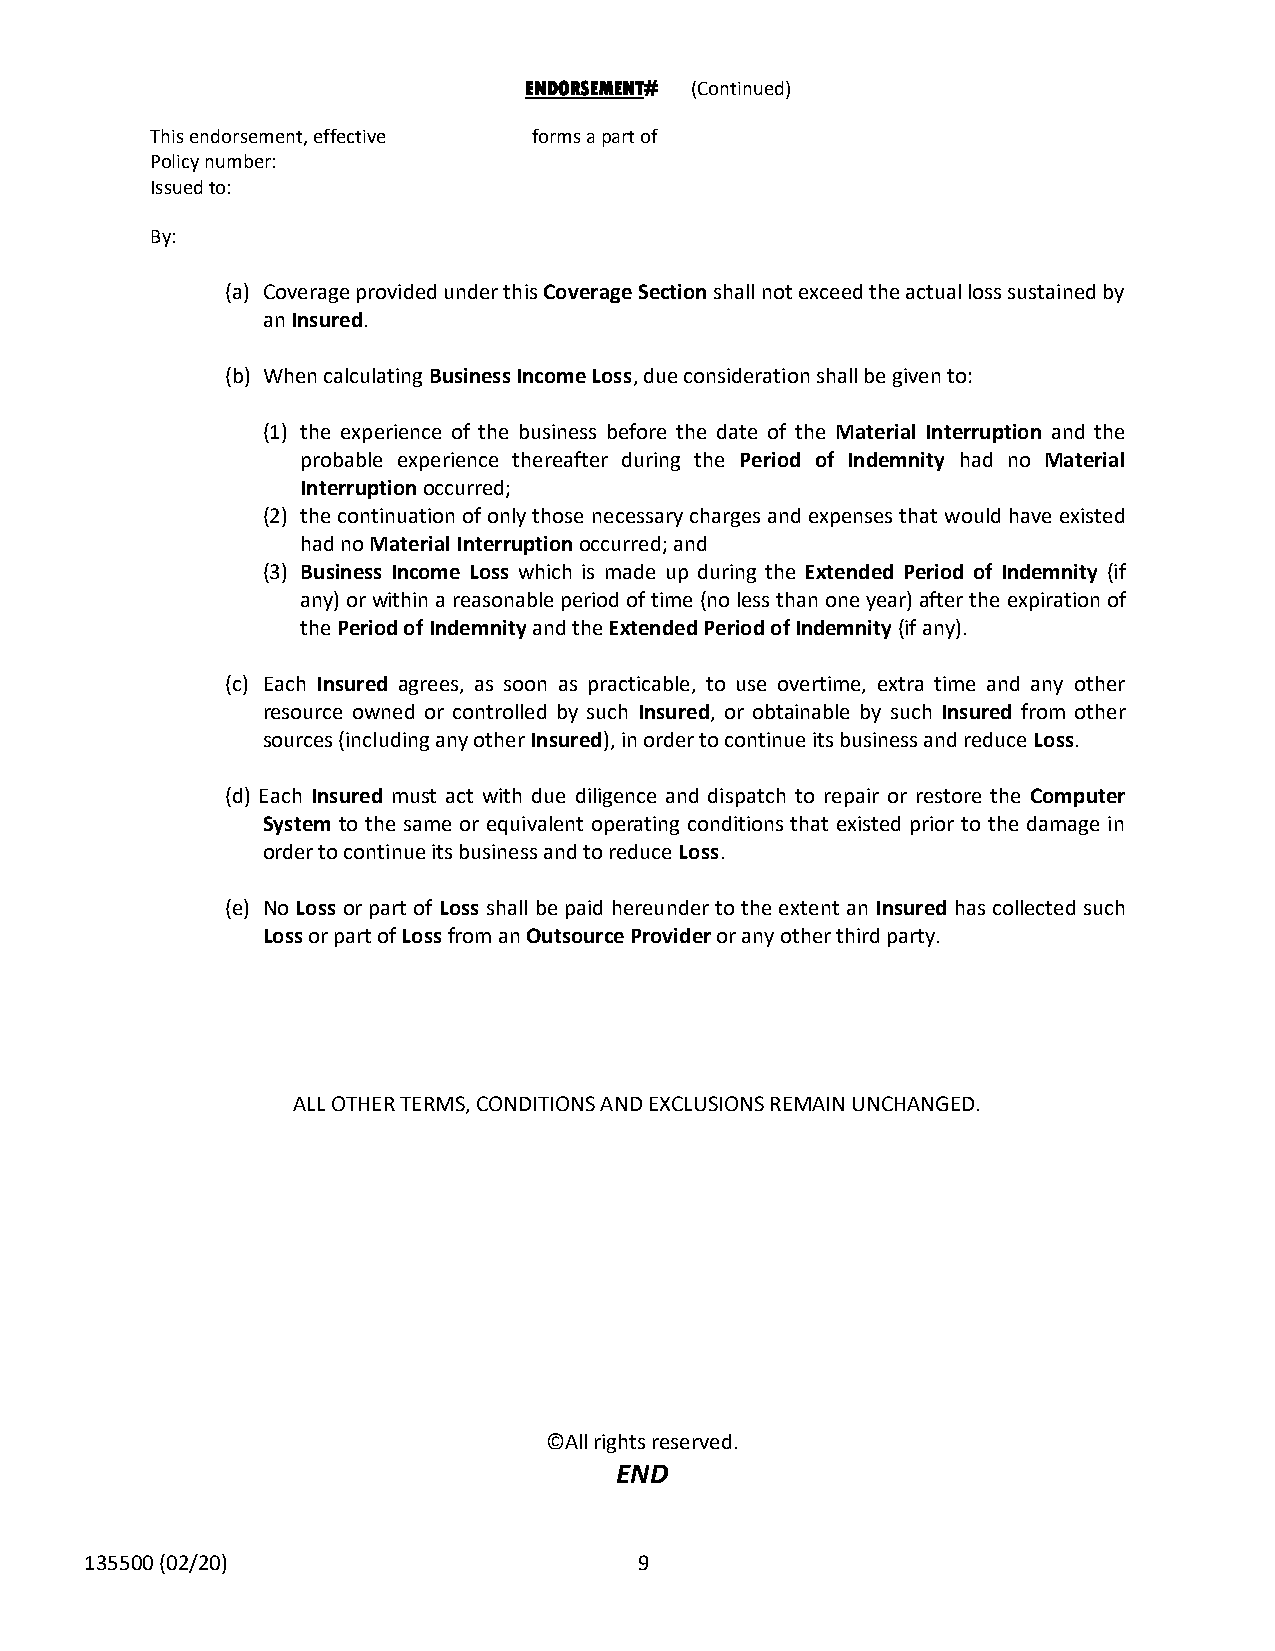
ENDORSEMENT# (Continued)
 This endorsement, effective forms a part of
 Policy number:
 Issued to:
 By:
 (a) Coverage provided under this Coverage Section shall not exceed the actual loss sustained by
 an Insured.
 (b) When calculating Business Income Loss, due consideration shall be given to:
 (1) the experience of the business before the date of the Material Interruption and the
 probable experience thereafter during the Period of Indemnity had no Material
 Interruption occurred;
 (2) the continuation of only those necessary charges and expenses that would have existed
 had no Material Interruption occurred; and
 (3) Business Income Loss which is made up during the Extended Period of Indemnity (if
 any) or within a reasonable period of time (no less than one year) after the expiration of
 the Period of Indemnity and the Extended Period of Indemnity (if any).
 (c) Each Insured agrees, as soon as practicable, to use overtime, extra time and any other
 resource owned or controlled by such Insured, or obtainable by such Insured from other
 sources (including any other Insured), in order to continue its business and reduce Loss.
 (d) Each Insured must act with due diligence and dispatch to repair or restore the Computer
 System to the same or equivalent operating conditions that existed prior to the damage in
 order to continue its business and to reduce Loss.
 (e) No Loss or part of Loss shall be paid hereunder to the extent an Insured has collected such
 Loss or part of Loss from an Outsource Provider or any other third party.
 ALL OTHER TERMS, CONDITIONS AND EXCLUSIONS REMAIN UNCHANGED.
 ©All rights reserved.
 END
 135500 (02/20)                      9